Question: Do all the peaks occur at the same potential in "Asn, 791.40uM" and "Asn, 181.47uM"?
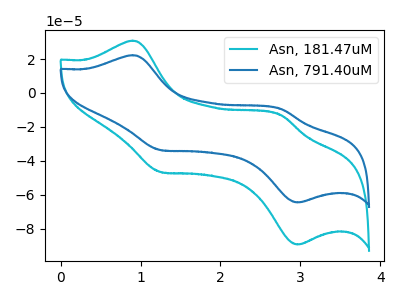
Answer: <think>The cyan curve "Asn, 181.47uM" has anodic peaks at (0.90V, 30.80uA) (2.75V, -13.00uA) and cathodic peaks at (1.25V, -46.55uA) (2.95V, -89.25uA). The blue curve "Asn, 791.40uM" has anodic peaks at (0.90V, 22.25uA) (2.75V, -9.40uA) and cathodic peaks at (1.25V, -33.60uA) (2.95V, -64.50uA).</think>
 <answer>Yes, "Asn, 791.40uM" have a peak in "Asn, 181.47uM" at the same potential.</answer>
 <eval>match</eval>